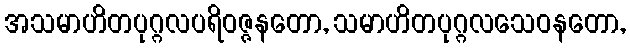
အသမာဟိတပုဂ္ဂလပရိဝဇ္ဇနတော, သမာဟိတပုဂ္ဂလသေဝနတော,